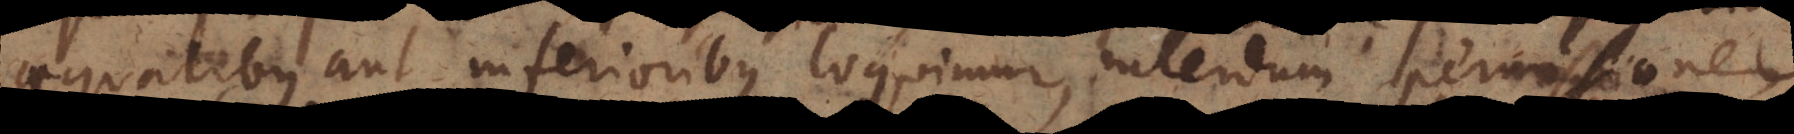
aequalibus aut inferioribus loquimur, interdum permissionem